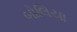
બોલિયા